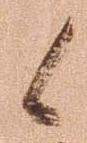
候